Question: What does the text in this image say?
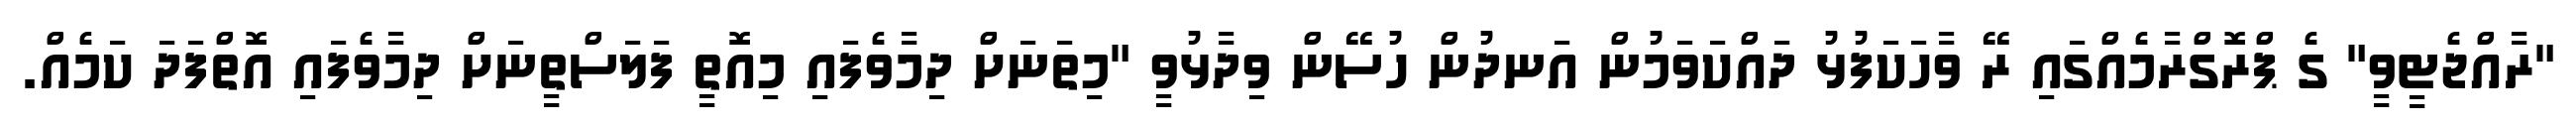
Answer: "ރާއްޖެޓީވީ" ގެ ޕްރޮގްރާމެއްގައި ރޭ ވާހަކަފުޅު ދައްކަވަމުން އަނދުން ހުސޭން ވިދާޅުވީ "މިތަނަށް ދިމާވެފައި މިއޮތީ ފަލަސްތީނަށް ދިމާވެފައި އޮތްފަދަ ކަމެއް.